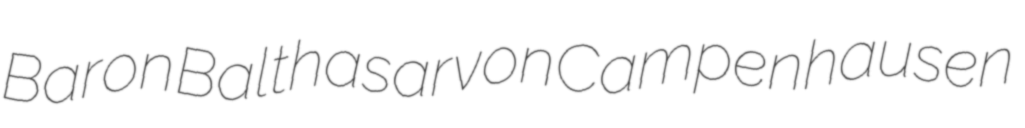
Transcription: Baron Balthasar von Campenhausen